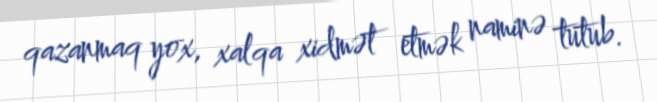
qazanmaq yox, xalqa xidmət etmək naminə tutub.